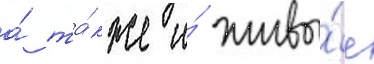
а́ та́кже и́ живы́е